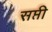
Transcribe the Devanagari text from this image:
सप्ती